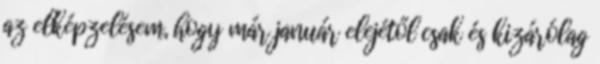
az elképzelésem, hogy már január elejétől csak és kizárólag